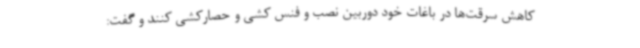
کاهش سرقت‌ها در باغات خود دوربین نصب و فنس کشی و حصارکشی کنند و گفت: